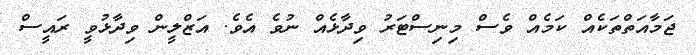
ޖަމާއަތްތަކެއް ކަމެއް ވެސް މިނިސްޓަރު ވިދާޅެއް ނުވެ އެވެ. އަޒްލީން ވިދާޅުވީ ރައީސް